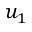
u _ { 1 }